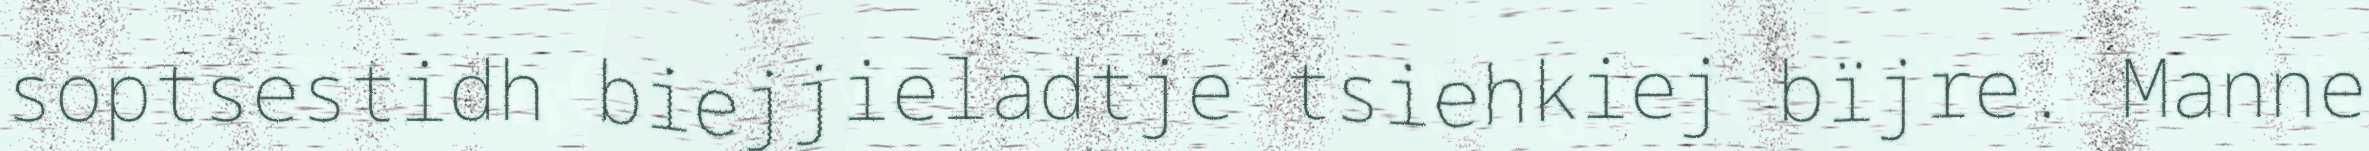
soptsestidh biejjieladtje tsiehkiej bïjre. Manne